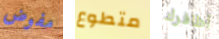
مفوض متطوع أظافرك